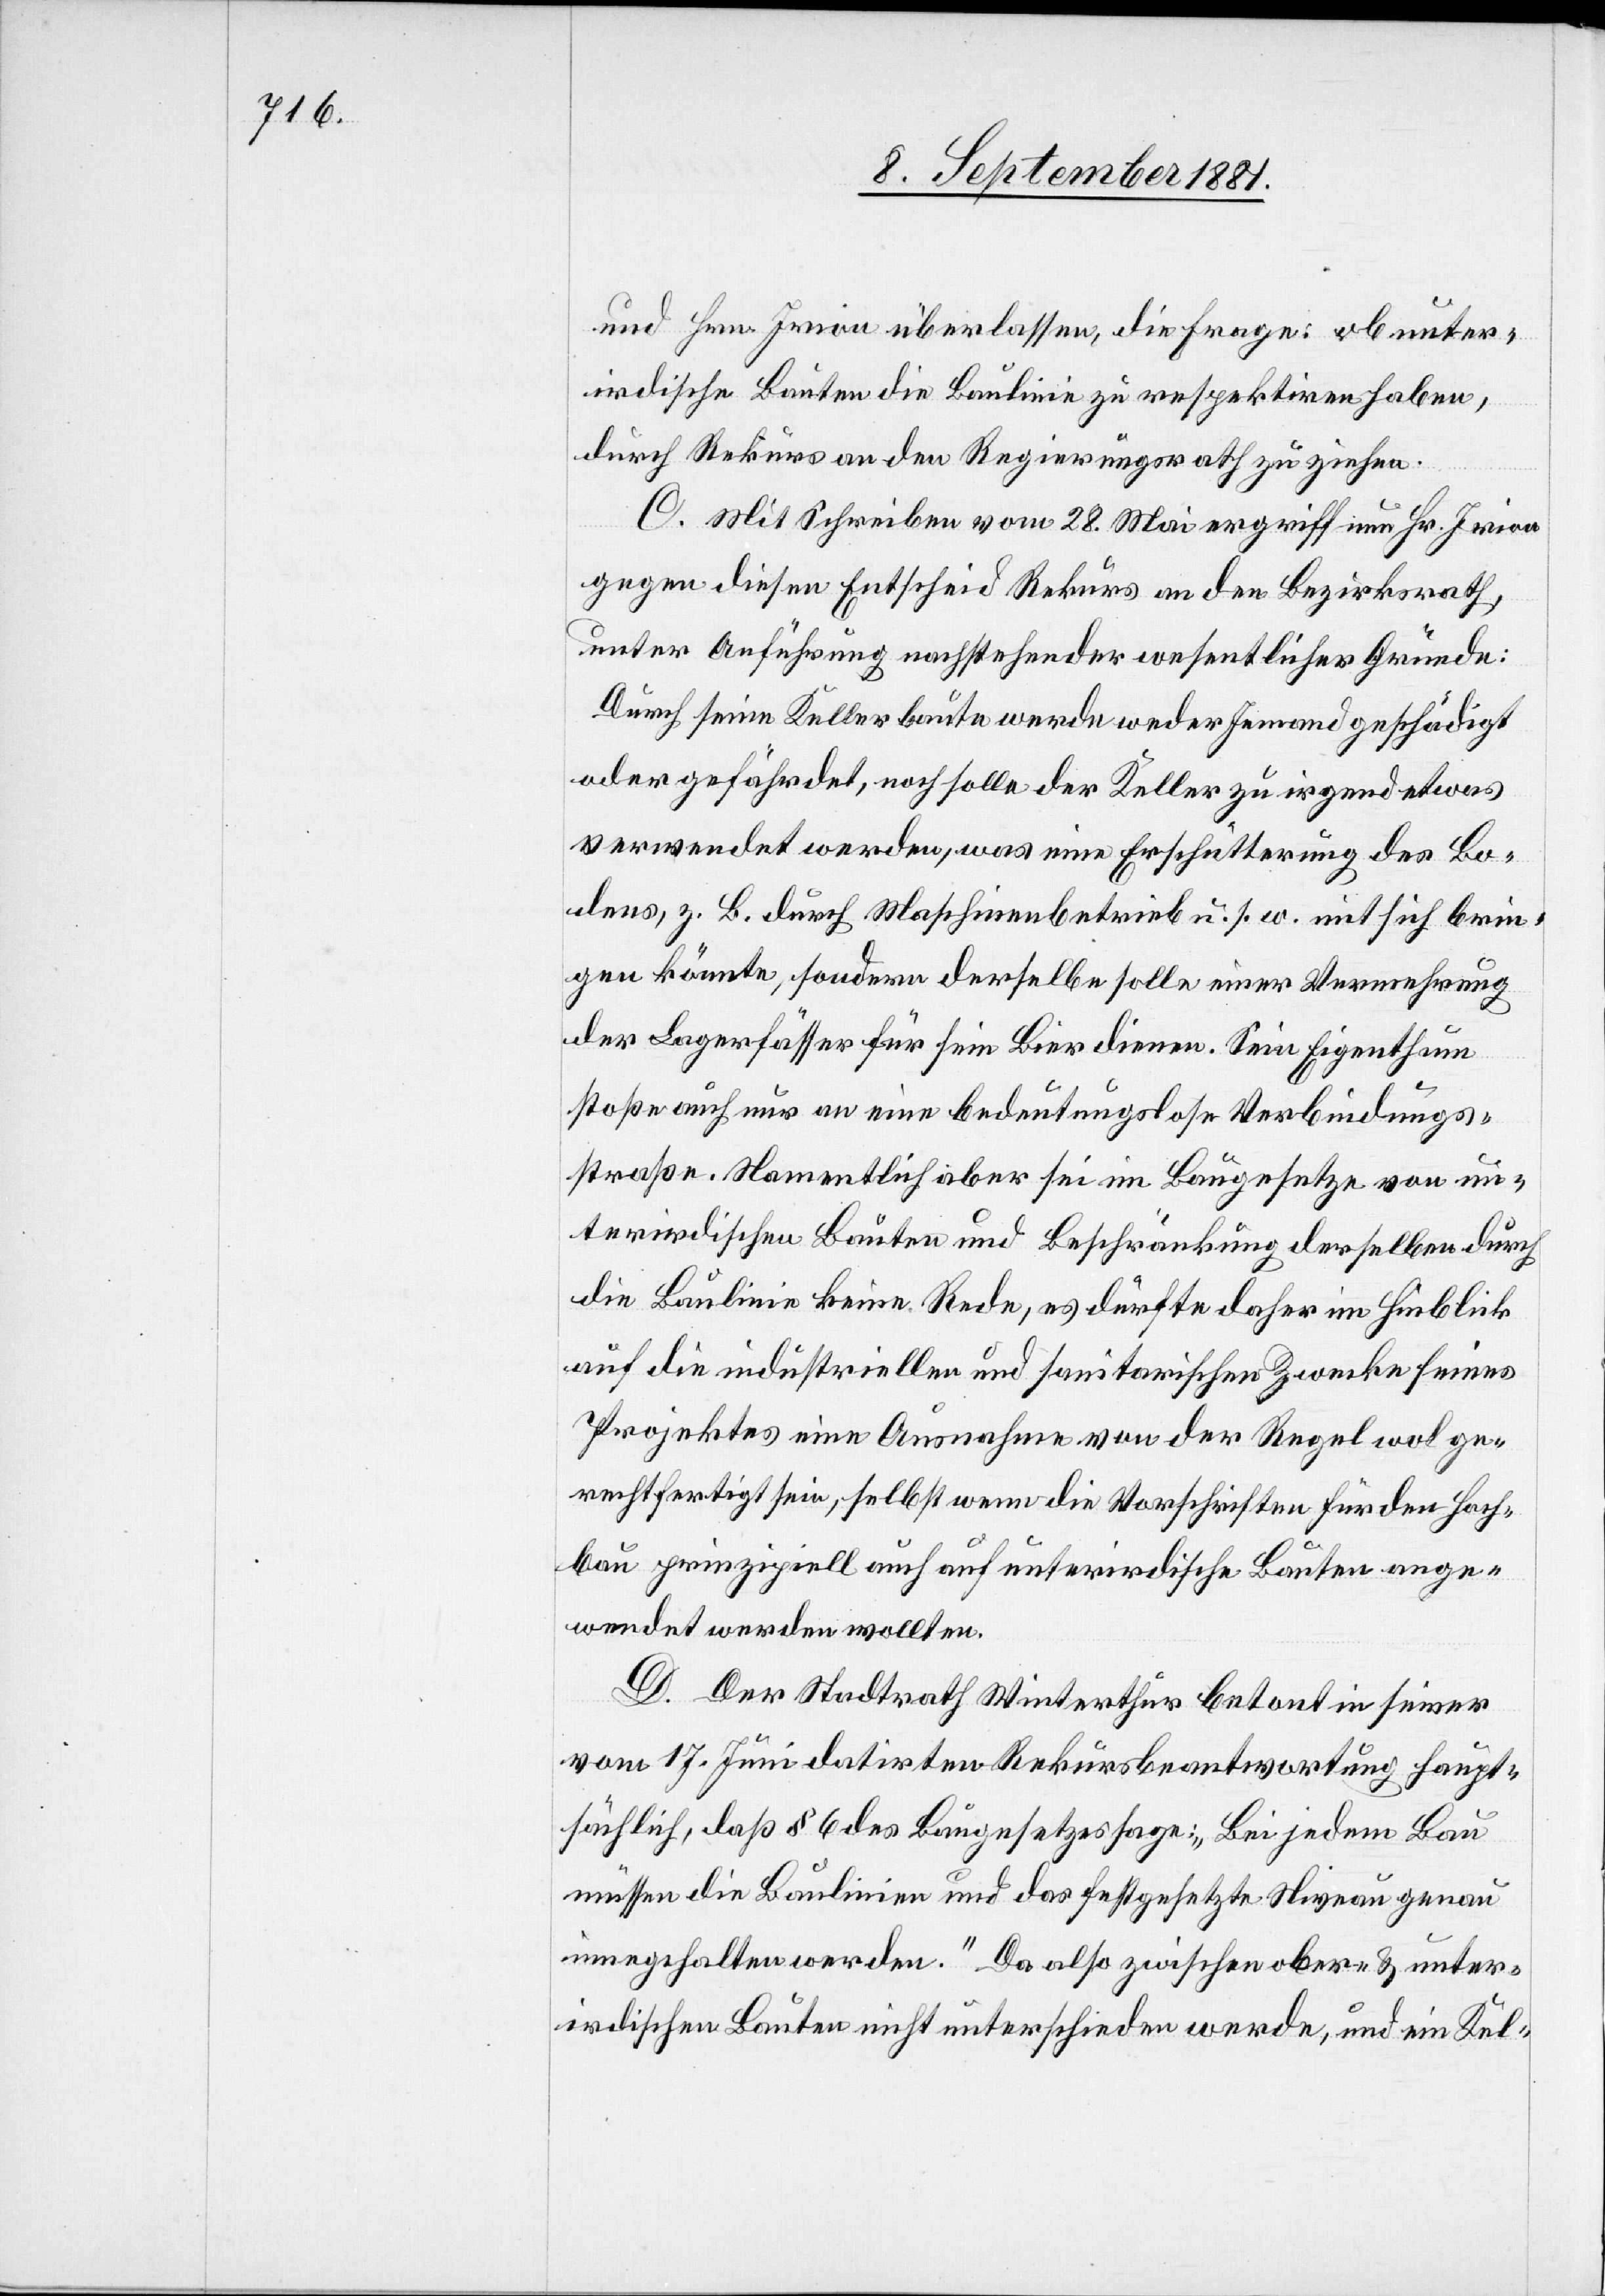
und Hrn. Irion überlassen, die Frage: ob unter¬
irdische Bauten die Baulinie zu respektiren haben,
durch Rekurs an den Regierungsrath zu ziehen.
C. Mit Schreiben vom 28. Mai ergriff nun Hr. Irion
gegen diesen Entscheid Rekurs an den Bezirksrath,
unter Anführung nachstehender wesentlicher Gründe:
Durch seine Kellerbaute werde weder Jemand geschädigt
oder gefährdet, noch solle der Keller zu irgend etwas
verwendet werden, was eine Erschütterung des Bo¬
dens, z.B. durch Maschinenbetrieb u. s. w mit sich brin¬
gen könnte, sondern derselbe solle einer Vermehrung
der Lagerfässer für sein Bier dienen. Sein Eigenthum
stoße auch nur an eine bedeutungslose Verbindungs¬
straße. Namentlich aber sei im Baugesetze von un¬
terirdischen Bauten und Beschränkung derselben durch
die Baulinie keine Rede, es dürfte daher im Hinblick
auf die industriellen und sanitarischen Zwecke seines
Projektes eine Ausnahme von der Regel wol ge¬
rechtfertigt sein, selbst wenn die Vorschriften für den Hoch¬
bau prinzipiell auch auf unterirdische Bauten ange¬
wendet werden wollten.
D. Der Stadtrath Winterthur betont in seiner
vom 17. Juni datirten Rekursbeantwortung haupt¬
sächlich, daß § 6 des Baugesetzes: „Bei jedem Bau
müssen die Baulinien und das festgesetzte Niveau genau
eingehalten werden.“ Da also zwischen ober- & unter¬
irdischen Bauten nicht unterschieden werde, und ein Kel-